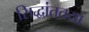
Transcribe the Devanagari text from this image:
सिद्धांततया